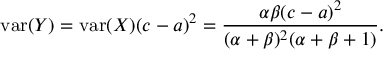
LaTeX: { \mathrm { v a r } } ( Y ) = { \mathrm { v a r } } ( X ) ( c - a ) ^ { 2 } = { \frac { \alpha \beta ( c - a ) ^ { 2 } } { ( \alpha + \beta ) ^ { 2 } ( \alpha + \beta + 1 ) } } .